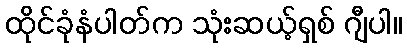
ထိုင်ခုံနံပါတ်က သုံးဆယ့်ရှစ် ဂျီပါ။